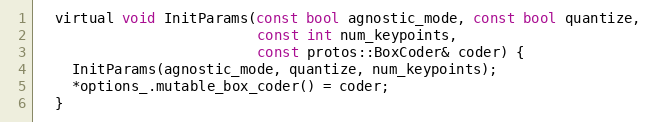
Language: C
  virtual void InitParams(const bool agnostic_mode, const bool quantize,
                          const int num_keypoints,
                          const protos::BoxCoder& coder) {
    InitParams(agnostic_mode, quantize, num_keypoints);
    *options_.mutable_box_coder() = coder;
  }